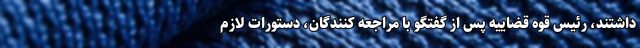
داشتند، رئیس قوه قضاییه پس از گفتگو با مراجعه کنندگان، دستورات لازم